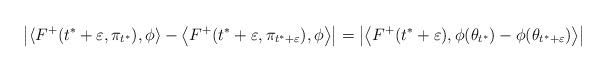
LaTeX: \begin{align*}\big| &\langle F^+(t^*+\varepsilon,\pi_{t^*}),\phi\rangle-\big\langle F^+(t^*+\varepsilon,\pi_{t^*+\varepsilon}),\phi\big\rangle\big|=\big|\big\langle F^+(t^*+\varepsilon),\phi(\theta_{t^*})-\phi(\theta_{t^*+\varepsilon})\big\rangle\big|\end{align*}